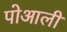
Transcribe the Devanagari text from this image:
पोआली